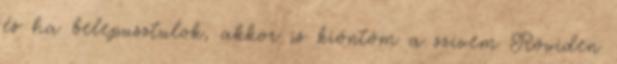
és ha belepusztulok, akkor is kiöntöm a szívem Röviden